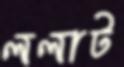
ললাট